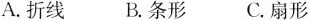
A.折线 B.条形 C.扇形